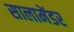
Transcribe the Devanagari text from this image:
सालामेंडर